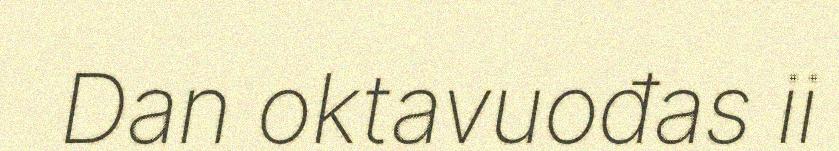
Dan oktavuođas ii